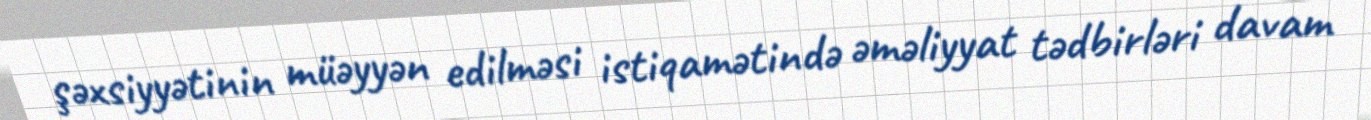
şəxsiyyətinin müəyyən edilməsi istiqamətində əməliyyat tədbirləri davam